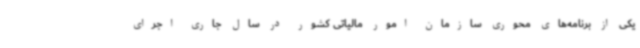
یکی از برنامه‌های محوری سازمان امور مالیاتی کشور در سال جاری اجرای